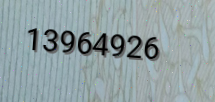
13964926